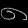
Digit: ၈